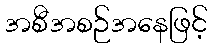
အစီအစဉ်အနေဖြင့်